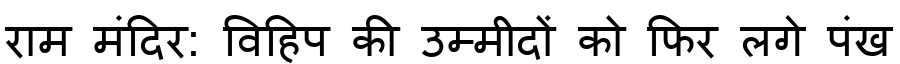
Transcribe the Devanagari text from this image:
राम मंदिर: विहिप की उम्मीदों को फिर लगे पंख